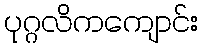
ပုဂ္ဂလိကကျောင်း